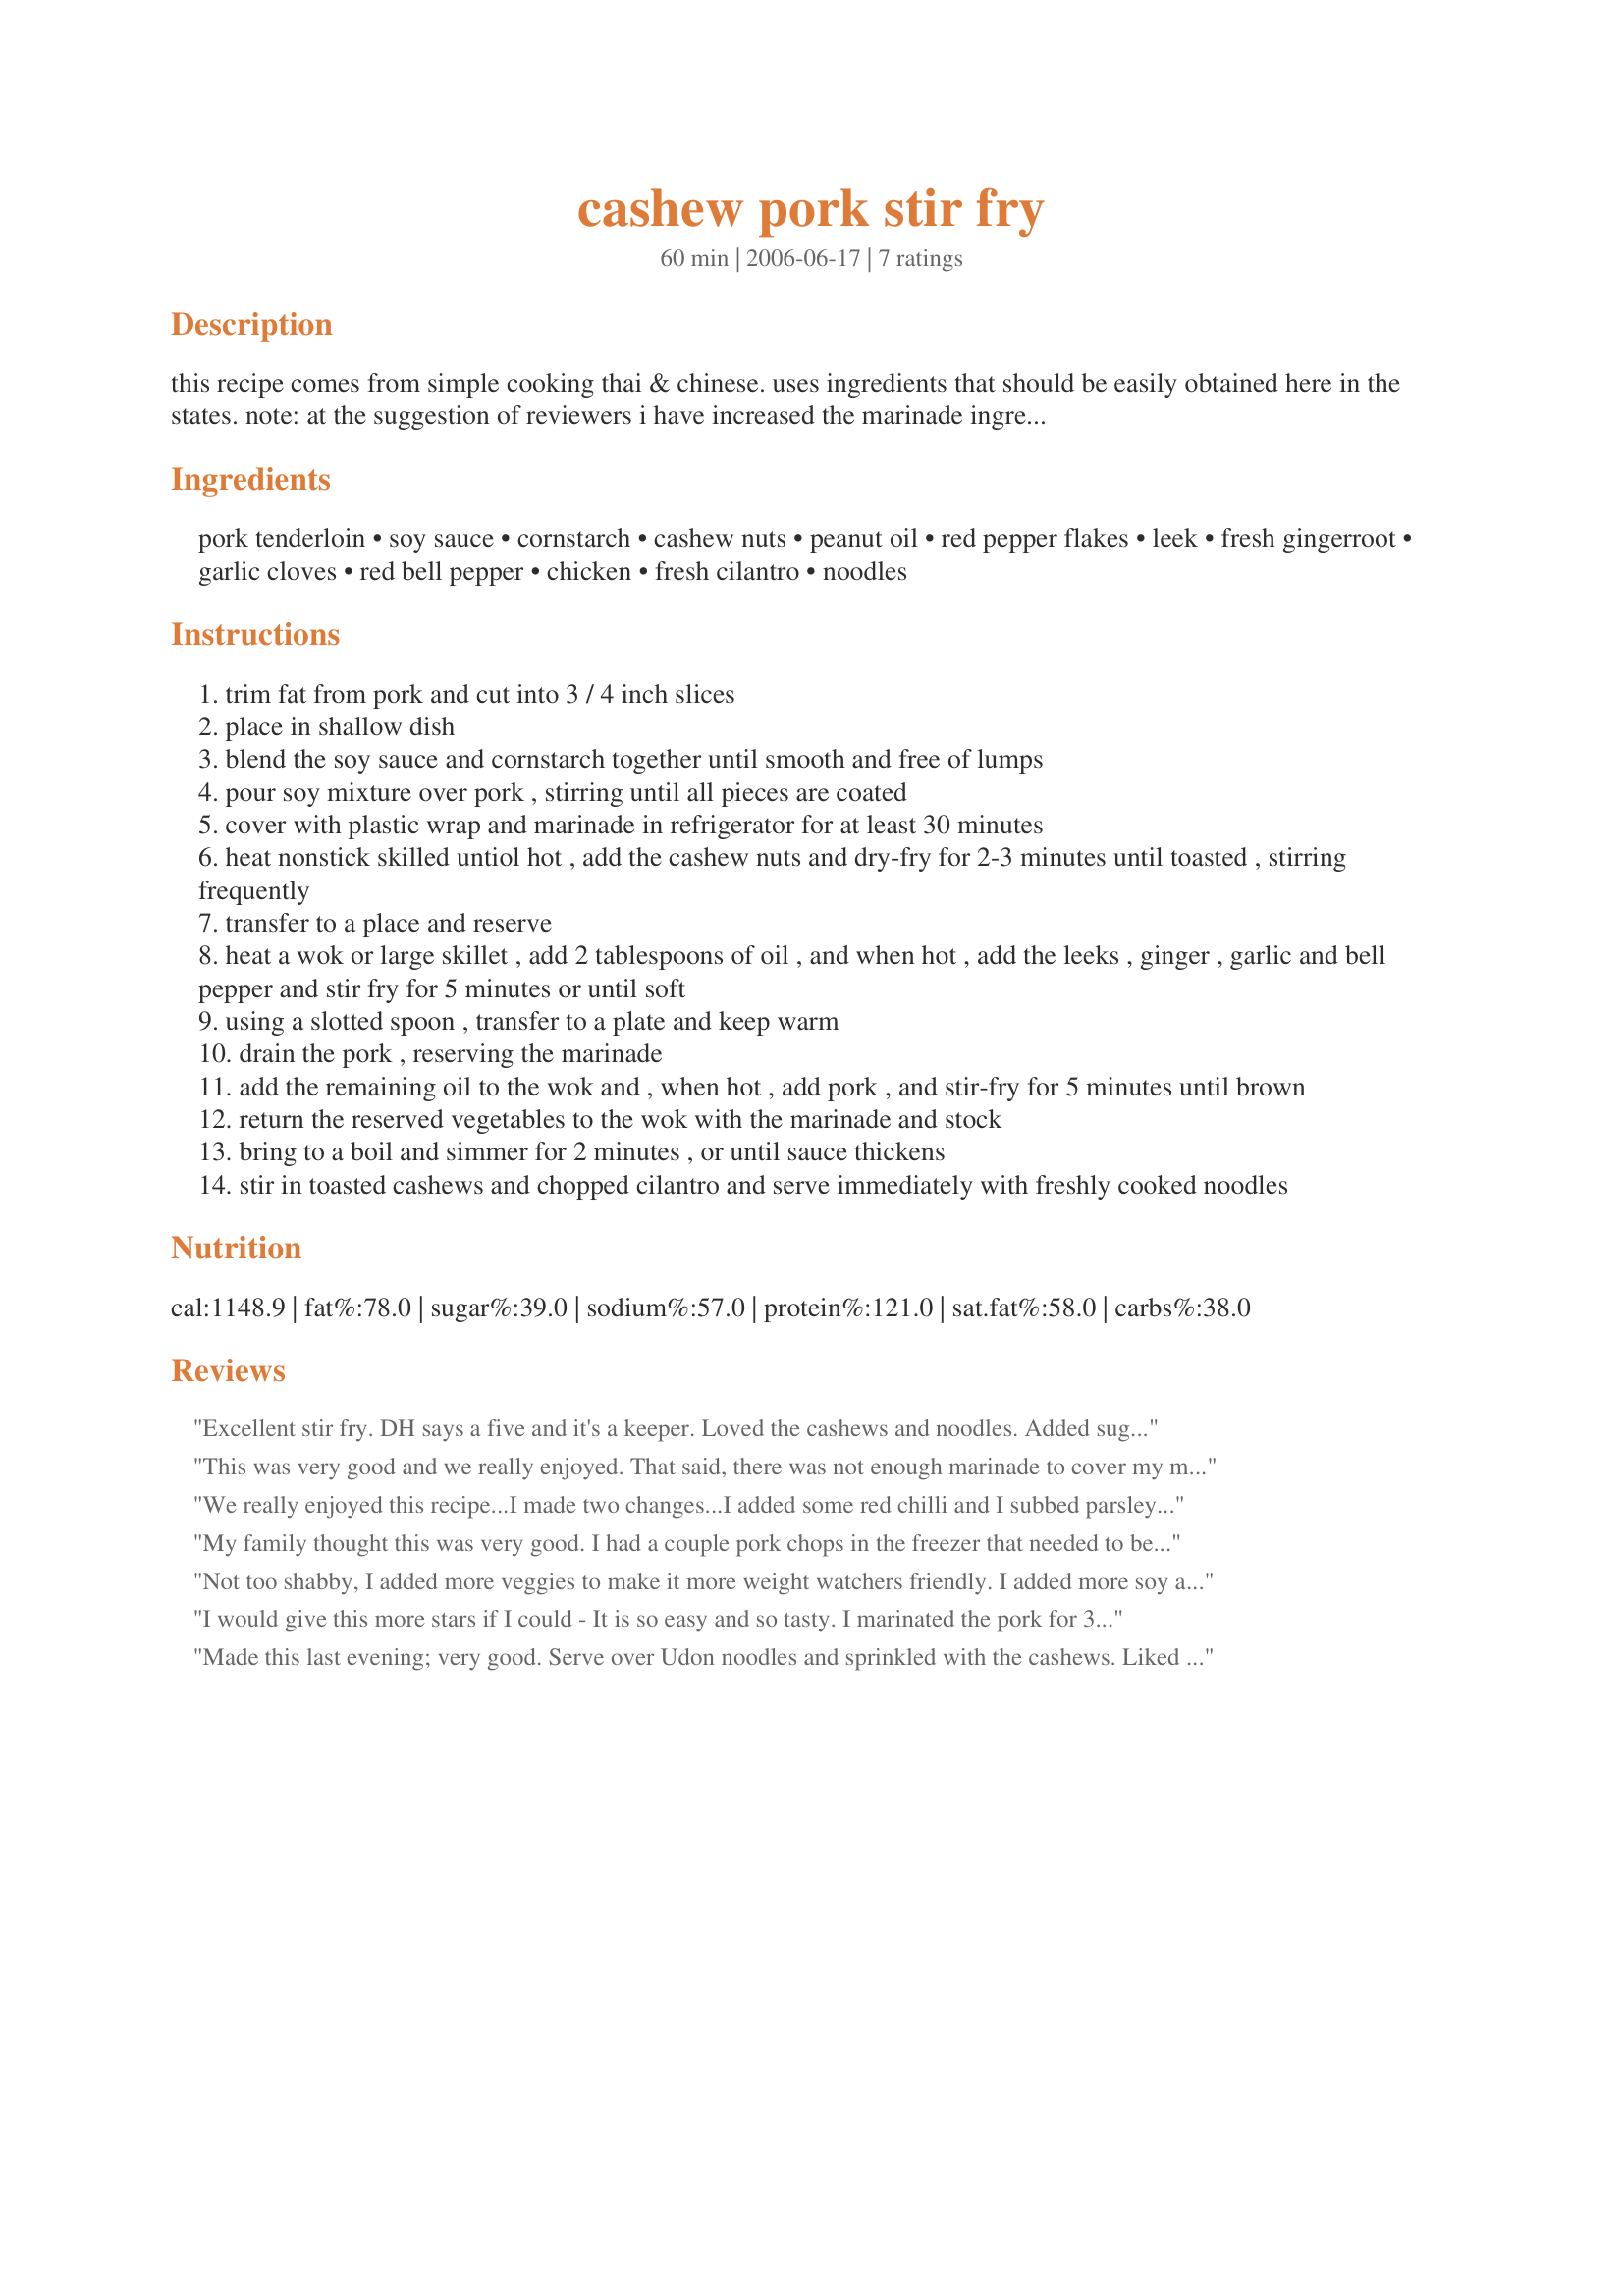
cashew pork stir fry
Preparation time: 60 minutes

this recipe comes from simple cooking thai & chinese. uses ingredients that should be easily obtained here in the states. note: at the suggestion of reviewers i have increased the marinade ingredients.

Ingredients:
pork tenderloin, soy sauce, cornstarch, cashew nuts, peanut oil, red pepper flakes, leek, fresh gingerroot, garlic cloves, red bell pepper, chicken, fresh cilantro, noodles

Steps:
trim fat from pork and cut into 3 / 4 inch slices
place in shallow dish
blend the soy sauce and cornstarch together until smooth and free of lumps
pour soy mixture over pork , stirring until all pieces are coated
cover with plastic wrap and marinade in refrigerator for at least 30 minutes
heat nonstick skilled untiol hot , add the cashew nuts and dry-fry for 2-3 minutes until toasted , stirring frequently
transfer to a place and reserve
heat a wok or large skillet , add 2 tablespoons of oil , and when hot , add the leeks , ginger , garlic and bell pepper and stir fry for 5 minutes or until soft
using a slotted spoon , transfer to a plate and keep warm
drain the pork , reserving the marinade
add the remaining oil to the wok and , when hot , add pork , and stir-fry for 5 minutes until brown
return the reserved vegetables to the wok with the marinade and stock
bring to a boil and simmer for 2 minutes , or until sauce thickens
stir in toasted cashews and chopped cilantro and serve immediately with freshly cooked noodles

Reviews:
Excellent stir fry. DH says a five and it's a keeper. Loved the cashews and noodles. Added sugar snap peas.. We will have this one often.
This was very good and we really enjoyed. That said, there was not enough marinade to cover my meat even after doubling it and there wasn't enough to add any extra to the dish. So I added extra chicken stock and some extra soy sauce and thickened with more cornstarch. Loved it. I wanted a hint of heat so added some of my hot pepper oil for a little of the oil. Served this over rice noodles. Thanks GW for another great meal.
We really enjoyed this recipe...I made two changes...I added some red chilli and I subbed parsley for the coriande/cilantro. Otherwise made to the recipe. Loved the crunch of the cashews! Served with mama's Perfect Basic White Rice #137364 with Kim's Seame Pecan Chicken Tenders #60642 as a starter.

My family thought this was very good. I had a couple pork chops in the freezer that needed to be used. I added some chicken to the recipe so there would be enough meat. I doubled the recipe just so I could have leftovers! My 7 yr old loves Chinese food and took some to school for lunch the next day. I added some celery, carrots and mushrooms as well. I did have oriental noodles so subbed a wild/white rice mixture instead. Thanks for a very tasty meal! :)
Not too shabby, I added more veggies to make it more weight watchers friendly. I added more soy and red pepper than it called for.
I would give this more stars if I could - It is so easy and so tasty. I marinated the pork for 3 hours in the fridge in a zip lock bag, turning it often. I added the ginger, garlic & pepper flakes to the marinade and I was generous with the pepper flakes. Only made a half recipe for the two of us. This will be made often and I will also make it with chicken. Thanks Galley Wench for a delicious dinner
Made this last evening; very good. Serve over Udon noodles and sprinkled with the cashews. Liked the marinate/sauce! THX for posting!
